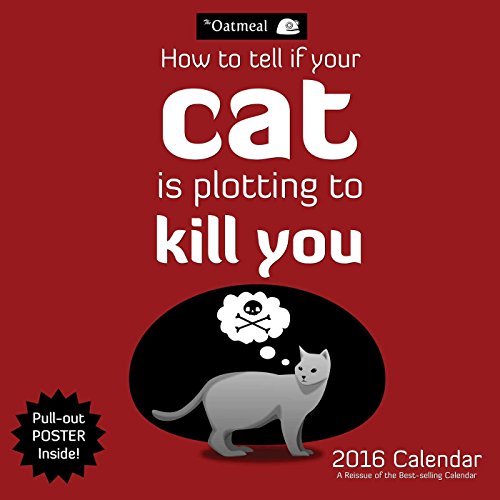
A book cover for The Oatmeal 2016 Wall Calendar: How To Tell If Your Cat Is Plotting to Kill You; The Oatmeal; Calendars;